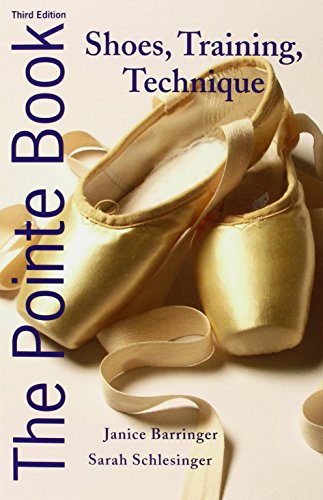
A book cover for The Pointe Book: Shoes, Training, Technique; Janice Barringer; Humor & Entertainment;